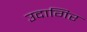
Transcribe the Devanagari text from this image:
उदागिर